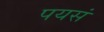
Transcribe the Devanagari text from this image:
पयसं